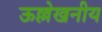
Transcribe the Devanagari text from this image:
ऊल्लेखनीय